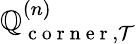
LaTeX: \mathbb{Q}_{\mathrm{{~c~o~r~n~e~r~}},\mathcal{{T}}}^{(n)}